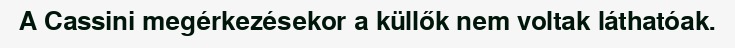
A Cassini megérkezésekor a küllők nem voltak láthatóak.